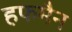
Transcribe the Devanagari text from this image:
हफमैन